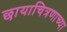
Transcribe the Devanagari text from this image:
छायाचित्रणाच्या